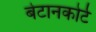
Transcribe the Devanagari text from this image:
बेटानकोर्ट